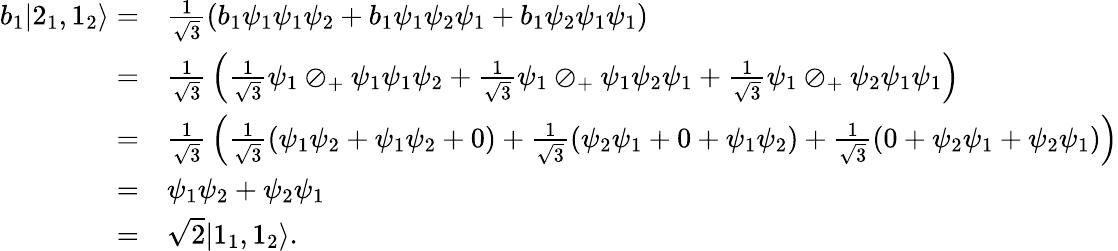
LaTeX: {\begin{array}{rl}{b_{1}|2_{1},1_{2}\rangle=}&{{\frac{1}{\sqrt{3}}}(b_{1}\psi_{1}\psi_{1}\psi_{2}+b_{1}\psi_{1}\psi_{2}\psi_{1}+b_{1}\psi_{2}\psi_{1}\psi_{1})}\\ {=}&{{\frac{1}{\sqrt{3}}}\left({\frac{1}{\sqrt{3}}}\psi_{1}\oslash_{+}\psi_{1}\psi_{1}\psi_{2}+{\frac{1}{\sqrt{3}}}\psi_{1}\oslash_{+}\psi_{1}\psi_{2}\psi_{1}+{\frac{1}{\sqrt{3}}}\psi_{1}\oslash_{+}\psi_{2}\psi_{1}\psi_{1}\right)}\\ {=}&{{\frac{1}{\sqrt{3}}}\left({\frac{1}{\sqrt{3}}}(\psi_{1}\psi_{2}+\psi_{1}\psi_{2}+0)+{\frac{1}{\sqrt{3}}}(\psi_{2}\psi_{1}+0+\psi_{1}\psi_{2})+{\frac{1}{\sqrt{3}}}(0+\psi_{2}\psi_{1}+\psi_{2}\psi_{1})\right)}\\ {=}&{\psi_{1}\psi_{2}+\psi_{2}\psi_{1}}\\ {=}&{{\sqrt{2}}|1_{1},1_{2}\rangle.}\end{array}}